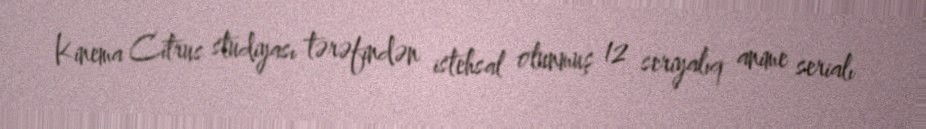
Kinema Citrus studiyası tərəfindən istehsal olunmuş 12 seriyalıq anime serialı